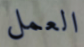
العمل